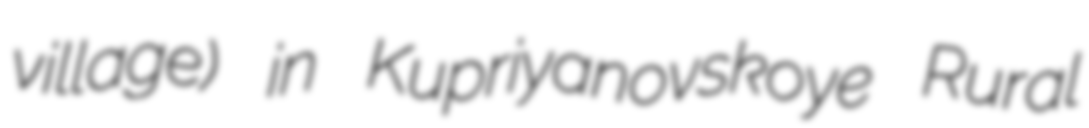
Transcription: village) in Kupriyanovskoye Rural